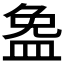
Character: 𪾐